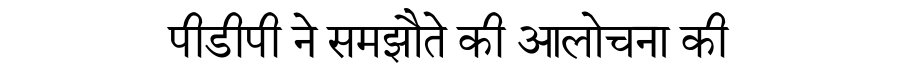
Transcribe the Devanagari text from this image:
पीडीपी ने समझौते की आलोचना की